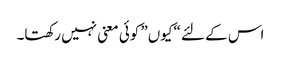
اس کے لئے “کیوں” کوئی معنی نہیں رکھتا۔